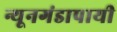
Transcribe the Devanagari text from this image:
न्यूनगंडापायी